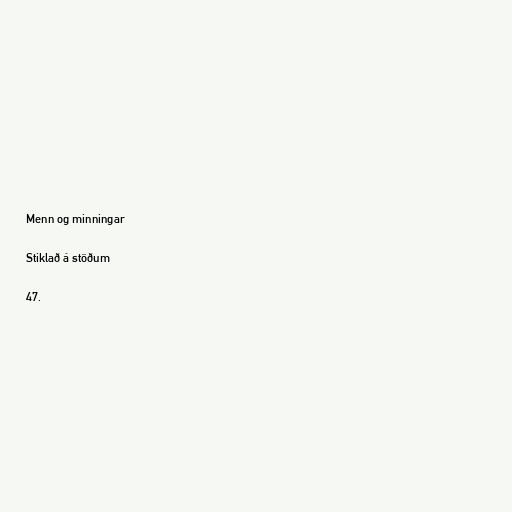
Menn og minningar

Stiklað á stöðum

47.